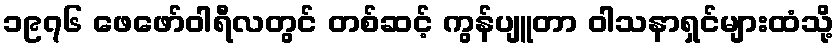
၁၉၇၆ ဖေဖော်ဝါရီလတွင် တစ်ဆင့် ကွန်ပျူတာ ဝါသနာရှင်များထံသို့